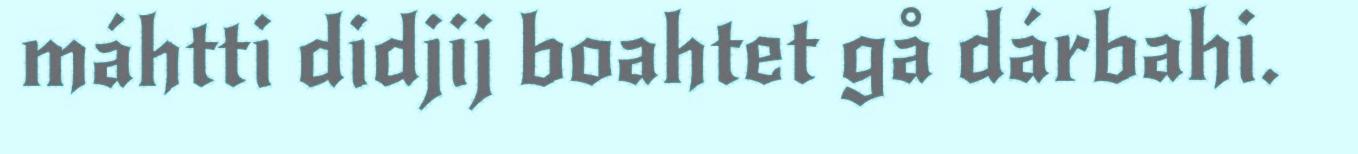
máhtti didjij boahtet gå dárbahi.